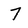
Character: 7